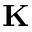
\mathbf { K }